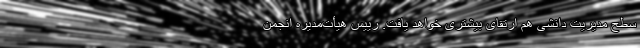
سطح مدیریت دانشی هم ارتقای بیشتری خواهد یافت. رییس هیأت‌مدیره انجمن